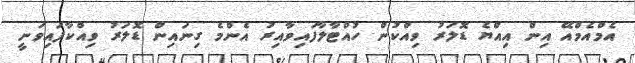
އެމްއެމްއޭ އިން އިއްޔެ ޑޮލަރު ވިއްކުން ހުއްޓާލާފައިވާއިރު އެންމެ ގިނައިން ޑޮލަރު ވިއްކާފައިވަނީ